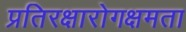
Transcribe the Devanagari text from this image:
प्रतिरक्षारोगक्षमता